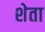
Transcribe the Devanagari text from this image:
शेता